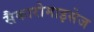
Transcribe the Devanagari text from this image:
सैकारोमाइसेज